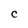
Character: C